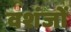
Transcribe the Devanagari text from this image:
वशंजों